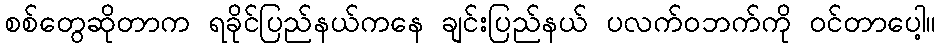
စစ်တွေဆိုတာက ရခိုင်ပြည်နယ်ကနေ ချင်းပြည်နယ် ပလက်၀ဘက်ကို ဝင်တာပေါ့။